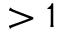
> 1